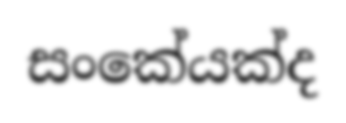
සංකේයක්ද